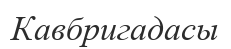
Кавбригадасы